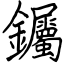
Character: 钃